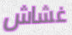
غشاش